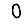
Digit: 0